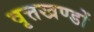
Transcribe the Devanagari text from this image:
वृत्तखण्डों